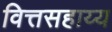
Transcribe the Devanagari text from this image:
वित्तसहाय्य